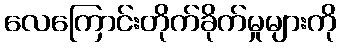
လေကြောင်းတိုက်ခိုက်မှုများကို